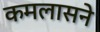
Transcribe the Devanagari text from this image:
कमलासने